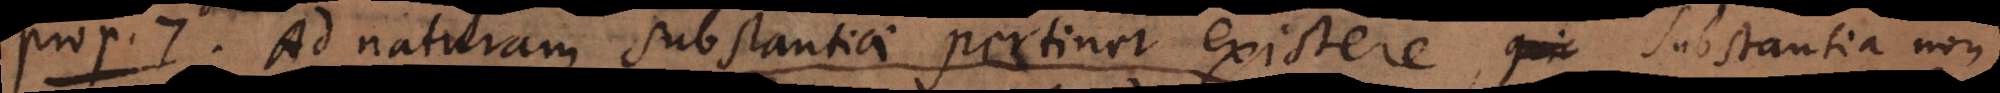
o 7. Ad naturam substantiae pertinet existere. Substantia non